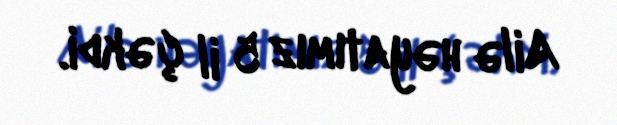
Ailə həyatımız 5 il çəkdi.